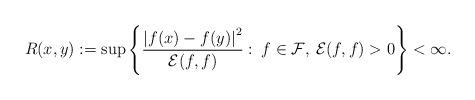
LaTeX: \begin{align*} R(x,y):=\sup\left\{\frac{\left|f(x)-f(y)\right|^2}{\mathcal{E}(f,f)}:\:f\in\mathcal{F},\:\mathcal{E}(f,f)>0\right\}<\infty. \end{align*}